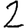
Digit: 2